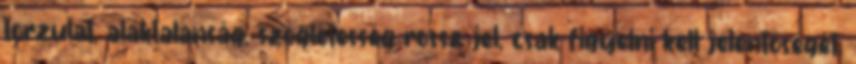
torzulat, alaktalanság, szögletesség rossz jel, csak figyelni kell jelentőségét.